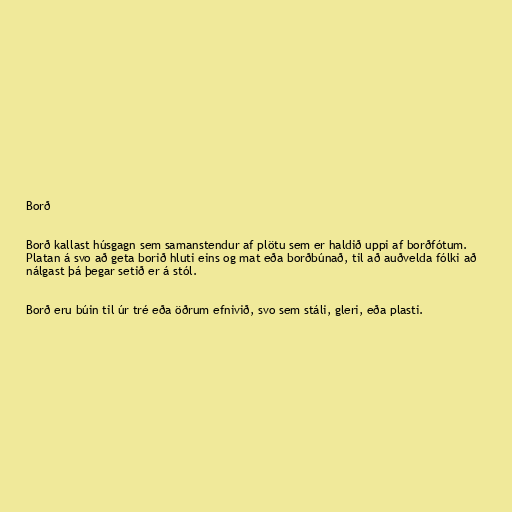
Borð

Borð kallast húsgagn sem samanstendur af plötu sem er haldið uppi af borðfótum.
Platan á svo að geta borið hluti eins og mat eða borðbúnað, til að auðvelda fólki að
nálgast þá þegar setið er á stól.

Borð eru búin til úr tré eða öðrum efnivið, svo sem stáli, gleri, eða plasti.